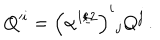
Q ^ { i } = \left( \alpha ^ { 1 / 2 } \right) ^ { i } { } _ { j } Q ^ { j } \, .